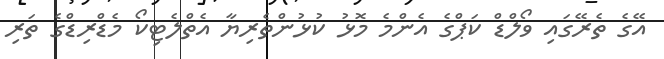
އޭގެ ތެރޭގައި ވޯލްޑް ކަޕްގެ އެންމެ މޮޅު ކުޅުންތެރިޔާ އެތްލެޓިކޯ މެޑްރިޑްގެ ތަރި